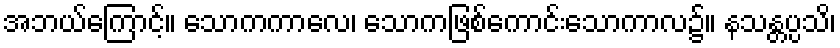
အဘယ်ကြောင့်။ သောကကာလေ၊ သောကဖြစ်ကောင်းသောကာလ၌။ နသန္တပ္ပသိ၊